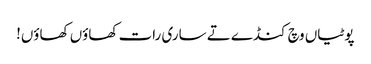
پوٹیاں وچ کنڈے تے ساری رات کھاؤں کھاؤں!